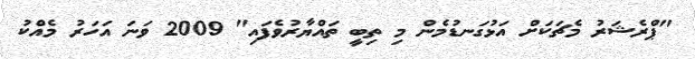
"ޕްރެޝަރު މެޗަކަށް އަޅުގަނޑުމެން މި ތިބީ ތައްޔާރުވެފައި" 2009 ވަނަ އަހަރު މެއްކު